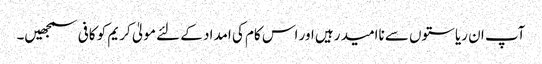
آپ ان ریاستوں سے ناامید رہیں اور اس کام کی امداد کے لئے مولیٰ کریم کو کافی سمجھیں۔